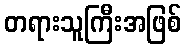
တရားသူကြီးအဖြစ်